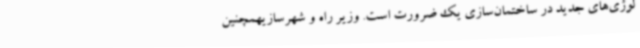
لوژی‌های جدید در ساختمان‌سازی یک ضرورت است. وزیر راه و شهرسازیهمچنین